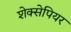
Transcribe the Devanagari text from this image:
शेक्सेपियर